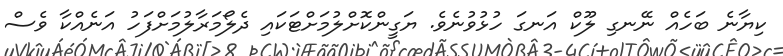
ކިޔާނެ ބަހެއް ނޭނގި ލޫކް އަނގަ ހުޅުވުނެވެ. ޔަގީންކޮށްލުމަށްޓަކައި ދެލޯމަރާލުމަށްފަހު އަނެއްކާ ވެސް